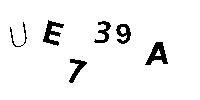
UE739A